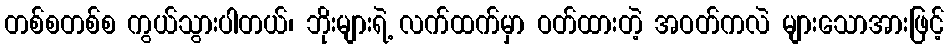
တစ်စတစ်စ ကွယ်သွားပါတယ်၊ ဘိုးများရဲ့ လက်ထက်မှာ ဝတ်ထားတဲ့ အဝတ်ကလဲ များသောအားဖြင့်